Indian journal of veterinary science and animal husbandry - Volumes 22-23, 1952-1953
Year: 1952
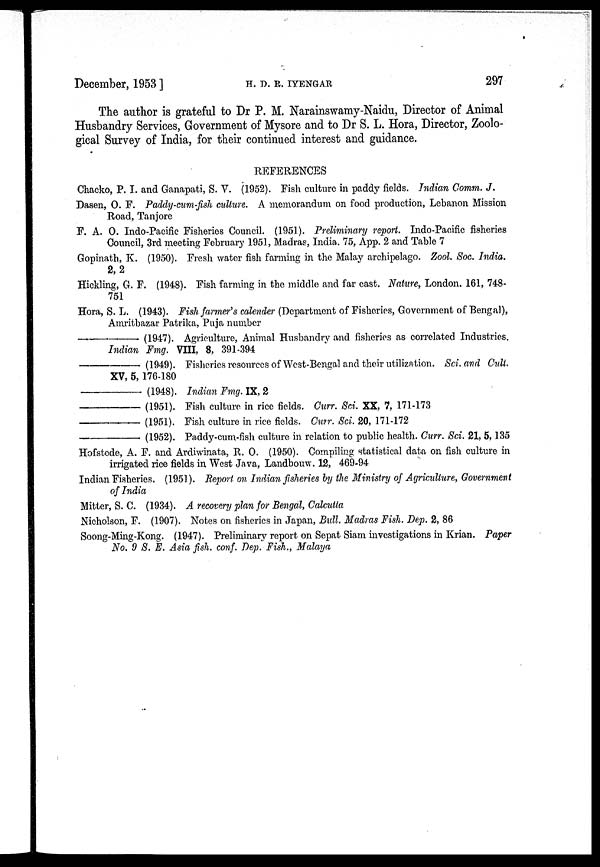
December, 1953]
H.
D.
R.
IYENGAR
297
The author is grateful to Dr P. M. Narainswamy-Naidu, Director of Animal
Husbandry Services, Government of Mysore and to Dr S. L. Hora, Director, Zoolo-
gical Survey of India, for their continued interest and guidance.
REFERENCES
Chacko, P. I. and Ganapati, S. V. (1952). Fish culture in paddy fields. Indian Comm. J.
Dasen, O. F. Paddy-cum-fish culture. A memorandum on food production, Lebanon Mission
Road, Tanjore
F. A. O. Indo-Pacific Fisheries Council. (1951). Preliminary report. Indo-Paoific fisheries
Council, 3rd meeting February 1951, Madras, India. 75, App. 2 and Table 7
Gopinath, K. (1950). Fresh water fish farming in the Malay archipelago. Zool. Soc. India.
2, 2
Hickling, G. F. (1948). Fish farming in the middle and far east. Nature, London. 161, 748-
751
Hora, S. L. (1943). Fish farmer's calender (Department of Fisheries, Government of Bengal),
Amritbazar Patrika, Puja number
—(1947).
Agriculture, Animal Husbandry and fisheries as correlated Industries.
Indian Fmg. VIII, 8, 391-394
—
(1949). Fisheries resources of West-Bengal and their utilization. Sci. and Cult.
XV, 5, 176-180
—
(1948). Indian Fmg. IX, 2
—
(1951). Fish culture in rice fields. Curr. Sci. XX, 7, 171-173
—
(1951). Fish culture in rice fields. Curr. Sci. 20, 171-172
—
(1952). Paddy-cum-fish culture in relation to public health. Curr. Sci. 21, 5, 135
Hofstode, A. F. and Ardiwinata, R. O. (1950). Compiling statistical data on fish culture in
irrigated rice fields in West Java, Landbouw. 12, 469-94
Indian Fisheries. (1951). Report on Indian fisheries by the Ministry of Agriculture, Government
of India
Mitter, S. C. (1934). A recovery plan for Bengal, Calcutta
Nicholson, F. (1907). Notes on fisheries in Japan, Bull. Madras Fish. Dep. 2, 86
Soong-Ming-Kong. (1947). Preliminary report on Sepat Siam investigations in Krian. Paper
No. 9 S. E. Asia fish. conf. Dep. Fish., Malaya